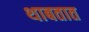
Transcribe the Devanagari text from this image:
थाबतात